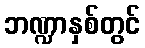
ဘဏ္ဍာနှစ်တွင်